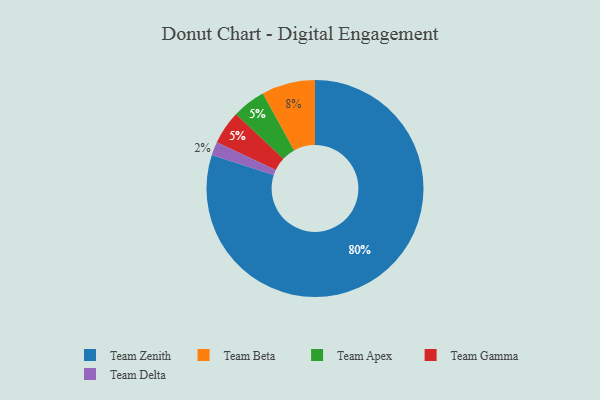
{"axis": {"x": "Category", "y": "Percentage"}, "legend": ["Team Apex", "Team Beta", "Team Delta", "Team Gamma", "Team Zenith"], "data": [{"x": "Team Delta", "y": 2, "type": "Team Delta"}, {"x": "Team Beta", "y": 8, "type": "Team Beta"}, {"x": "Team Apex", "y": 5, "type": "Team Apex"}, {"x": "Team Zenith", "y": 80, "type": "Team Zenith"}, {"x": "Team Gamma", "y": 5, "type": "Team Gamma"}]}